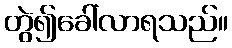
တွဲ၍ခေါ်လာရသည်။